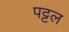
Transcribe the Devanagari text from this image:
पट्टल